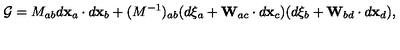
{ \cal G } = M _ { a b } d { \bf x } _ { a } \cdot d { \bf x } _ { b } + ( M ^ { - 1 } ) _ { a b } ( d \xi _ { a } + { \bf W } _ { a c } \cdot d { \bf x } _ { c } ) ( d \xi _ { b } + { \bf W } _ { b d } \cdot d { \bf x } _ { d } ) ,